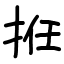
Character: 拰